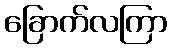
ခြောက်လကြာ